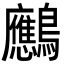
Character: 𪈠